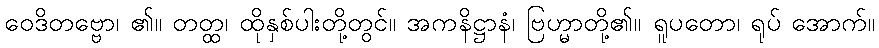
ဝေဒိတဗ္ဗော၊ ၏။ တတ္ထ၊ ထိုနှစ်ပါးတို့တွင်။ အကနိဋ္ဌာနံ၊ ဗြဟ္မာတို့၏။ ရူပတော၊ ရုပ် အောက်။